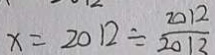
x = 2 0 1 2 \div \frac { 2 0 1 2 } { 2 0 1 3 }